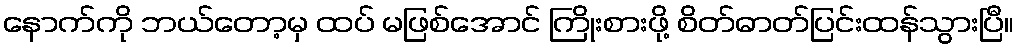
နောက်ကို ဘယ်တော့မှ ထပ် မဖြစ်အောင် ကြိုးစားဖို့ စိတ်ဓာတ်ပြင်းထန်သွားပြီ။